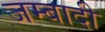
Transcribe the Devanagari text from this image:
जम्बादी